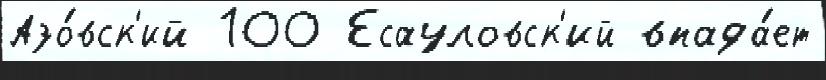
Азо́вск'ий 100 Есауловск'ий впада́ет